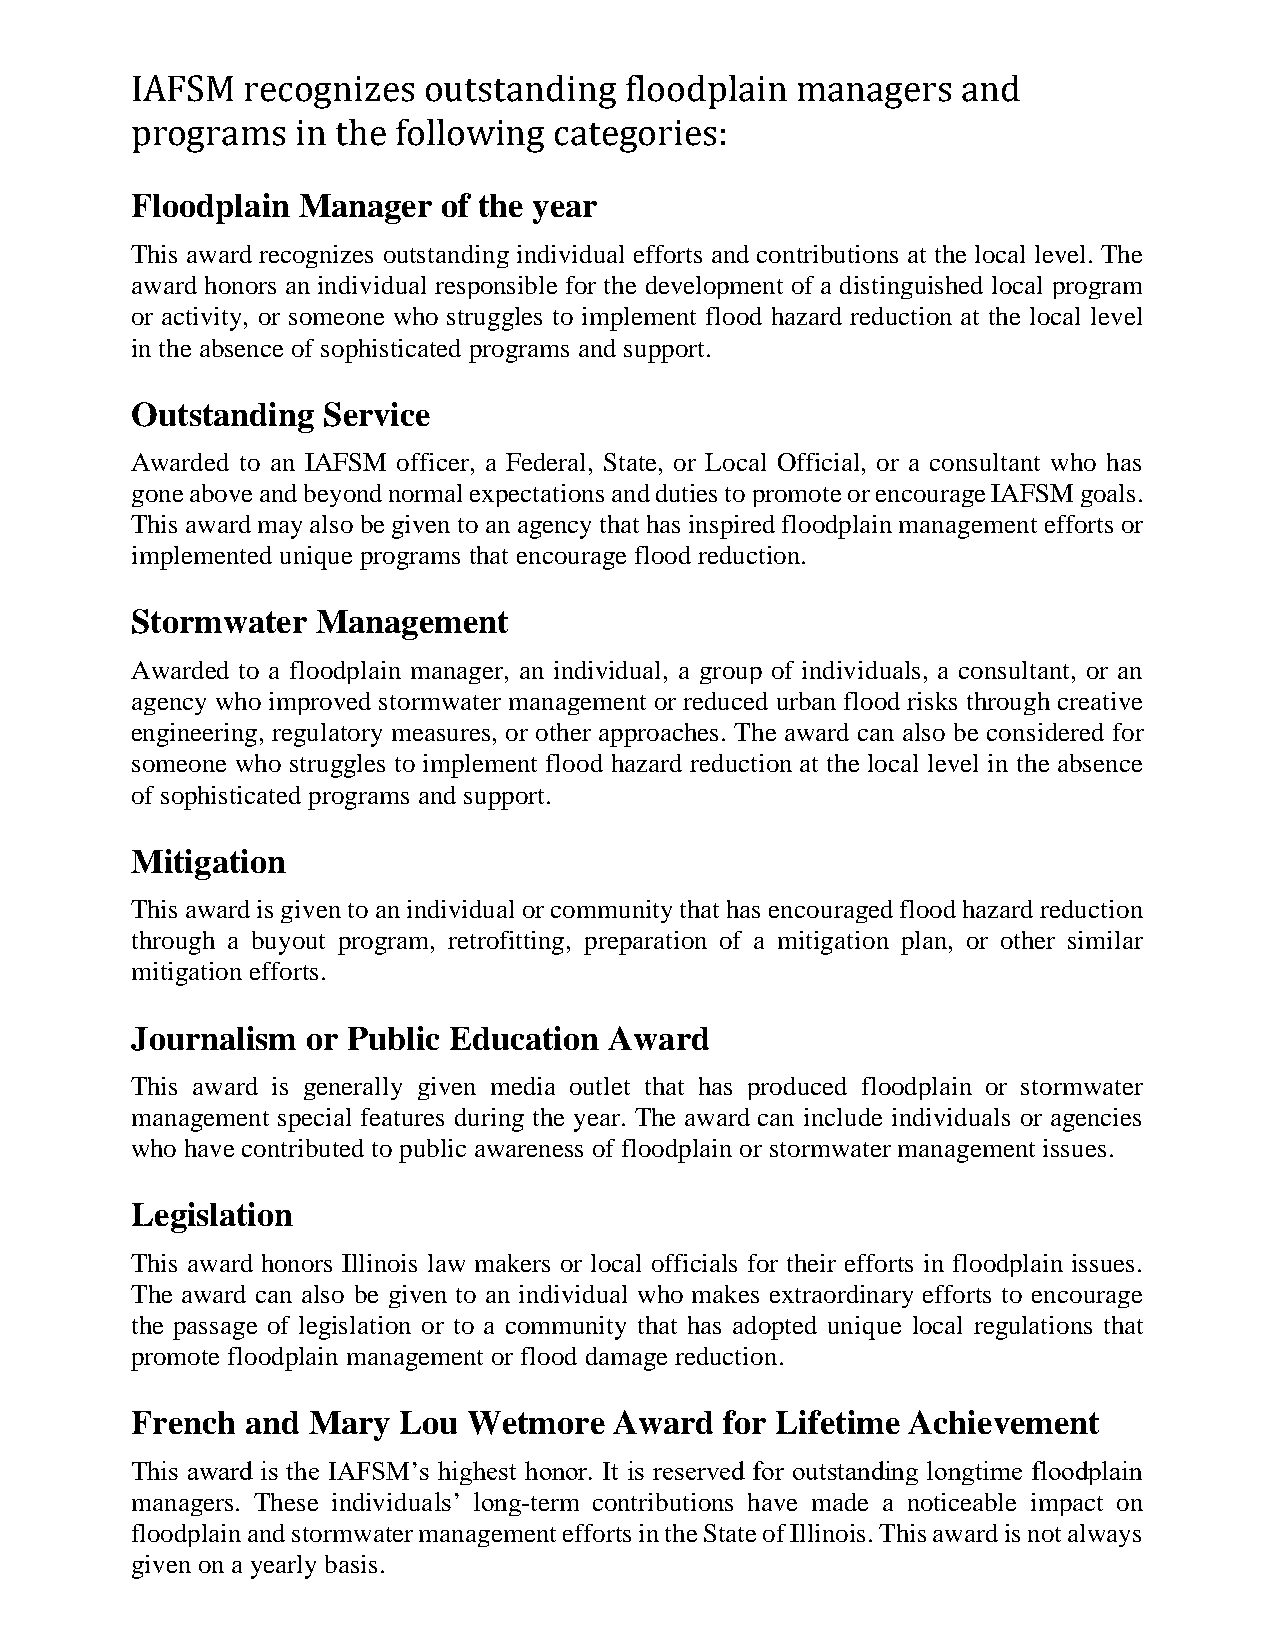
IAFSM  recognizes  outstanding  floodplain  managers   and
 programs   in the following categories:
 Floodplain Manager  of the year
 This award recognizes outstanding individual efforts and contributions at the local level. The
 award honors an individual responsible for the development of a distinguished local program
 or activity, or someone who struggles to implement flood hazard reduction at the local level
 in the absence of sophisticated programs and support.
 Outstanding Service
 Awarded to an IAFSM officer, a Federal, State, or Local Official, or a consultant who has
 gone above and beyond normal expectations and duties to promote or encourage IAFSM goals.
 This award may also be given to an agency that has inspired floodplain management efforts or
 implemented unique programs that encourage flood reduction.
 Stormwater  Management
 Awarded to a floodplain manager, an individual, a group of individuals, a consultant, or an
 agency who improved stormwater management or reduced urban flood risks through creative
 engineering, regulatory measures, or other approaches. The award can also be considered for
 someone who struggles to implement flood hazard reduction at the local level in the absence
 of sophisticated programs and support.
 Mitigation
 This award is given to an individual or community that has encouraged flood hazard reduction
 through a buyout program, retrofitting, preparation of a mitigation plan, or other similar
 mitigation efforts.
 Journalism or Public Education Award
 This award is generally given media outlet that has produced floodplain or stormwater
 management special features during the year. The award can include individuals or agencies
 who have contributed to public awareness of floodplain or stormwater management issues.
 Legislation
 This award honors Illinois law makers or local officials for their efforts in floodplain issues.
 The award can also be given to an individual who makes extraordinary efforts to encourage
 the passage of legislation or to a community that has adopted unique local regulations that
 promote floodplain management or flood damage reduction.
 French and Mary  Lou  Wetmore   Award  for Lifetime Achievement
 This award is the IAFSM’s highest honor. It is reserved for outstanding longtime floodplain
 managers. These individuals’ long-term contributions have made a noticeable impact on
 floodplain and stormwater management efforts in the State of Illinois. This award is not always
 given on a yearly basis.